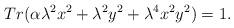
LaTeX: \begin{align*}Tr(\alpha \lambda^2 x^2 + \lambda^2 y^2 + \lambda^4 x^2 y^2) = 1 .\end{align*}